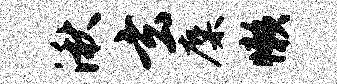
湫玄麋懒